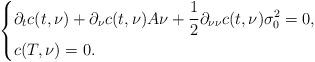
LaTeX: \begin{align*} \left\{ \begin{aligned}&\partial_tc(t,\nu) +\partial_{\nu}c(t,\nu)A\nu+\frac{1}{2}\partial_{\nu\nu}c(t,\nu)\sigma_0^2=0,\\ &c(T,\nu)=0. \end{aligned} \right. \end{align*}